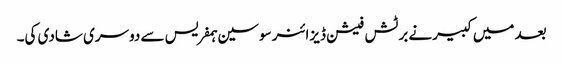
بعد میں کبیرنے برٹش فیشن ڈیزائنر سوسین ہمفریس سے دوسری شادی کی۔